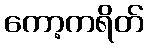
ကော့ကရိတ်